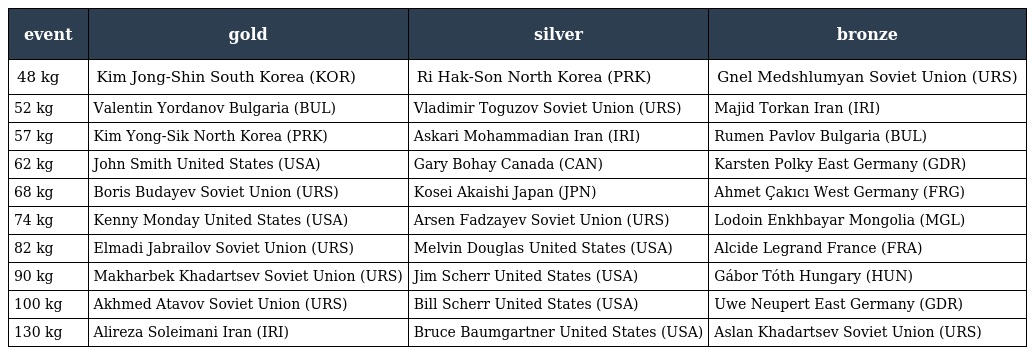
| event | gold | silver | bronze |
 | --- | --- | --- | --- |
 | 48 kg | Kim Jong-Shin South Korea (KOR) | Ri Hak-Son North Korea (PRK) | Gnel Medshlumyan Soviet Union (URS) |
 | 52 kg | Valentin Yordanov Bulgaria (BUL) | Vladimir Toguzov Soviet Union (URS) | Majid Torkan Iran (IRI) |
 | 57 kg | Kim Yong-Sik North Korea (PRK) | Askari Mohammadian Iran (IRI) | Rumen Pavlov Bulgaria (BUL) |
 | 62 kg | John Smith United States (USA) | Gary Bohay Canada (CAN) | Karsten Polky East Germany (GDR) |
 | 68 kg | Boris Budayev Soviet Union (URS) | Kosei Akaishi Japan (JPN) | Ahmet Çakıcı West Germany (FRG) |
 | 74 kg | Kenny Monday United States (USA) | Arsen Fadzayev Soviet Union (URS) | Lodoin Enkhbayar Mongolia (MGL) |
 | 82 kg | Elmadi Jabrailov Soviet Union (URS) | Melvin Douglas United States (USA) | Alcide Legrand France (FRA) |
 | 90 kg | Makharbek Khadartsev Soviet Union (URS) | Jim Scherr United States (USA) | Gábor Tóth Hungary (HUN) |
 | 100 kg | Akhmed Atavov Soviet Union (URS) | Bill Scherr United States (USA) | Uwe Neupert East Germany (GDR) |
 | 130 kg | Alireza Soleimani Iran (IRI) | Bruce Baumgartner United States (USA) | Aslan Khadartsev Soviet Union (URS) |